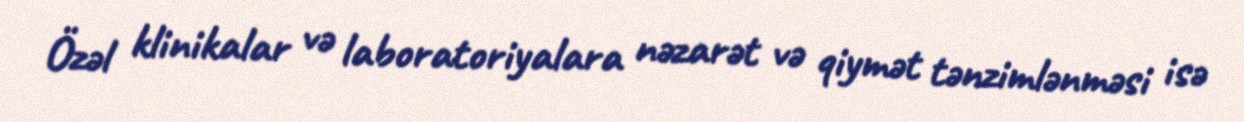
Özəl klinikalar və laboratoriyalara nəzarət və qiymət tənzimlənməsi isə